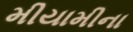
મીયામીના